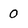
Character: 0